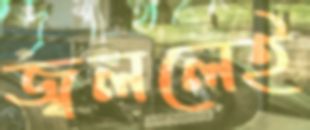
জ্বললেই